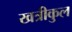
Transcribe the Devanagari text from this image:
खत्रीकुल